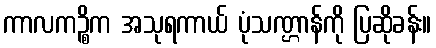
ကာလကဉ္စိက အသုရကာယ် ပုံသဏ္ဌာန်ကို ပြဆိုခန်း။